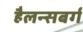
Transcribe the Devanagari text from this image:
हैलन्सबर्ग